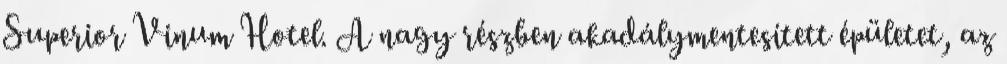
Superior Vinum Hotel. A nagy részben akadálymentesített épületet, az